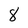
Character: 8